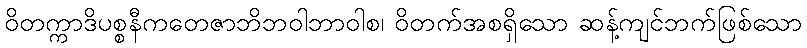
ဝိတက္ကာဒိပစ္စနီကတေဇာဘိဘဝါဘာဝါစ၊ ဝိတက်အစရှိသော ဆန့်ကျင်ဘက်ဖြစ်သော